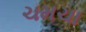
ચમચા